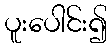
ပူးပေါင်း၍